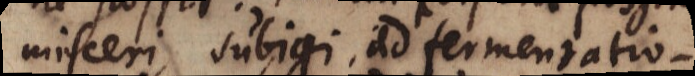
misceri, subigi, ad fermentatio-